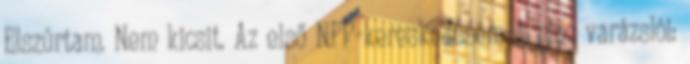
Elszúrtam. Nem kicsit. Az első NFP-kereskedésem A piac varázslói: